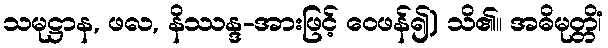
သမုဋ္ဌာန, ဖလ, နိဿန္ဒ-အားဖြင့် ဝေဖန်၍) သိ၏။ အဓိမုတ္တိံ၊